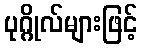
ပုဂ္ဂိုလ်များဖြင့်